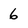
Character: 6